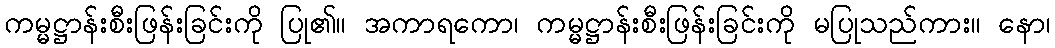
ကမ္မဋ္ဌာန်းစီးဖြန်းခြင်းကို ပြု၏။ အကာရကော၊ ကမ္မဋ္ဌာန်းစီးဖြန်းခြင်းကို မပြုသည်ကား။ နော၊